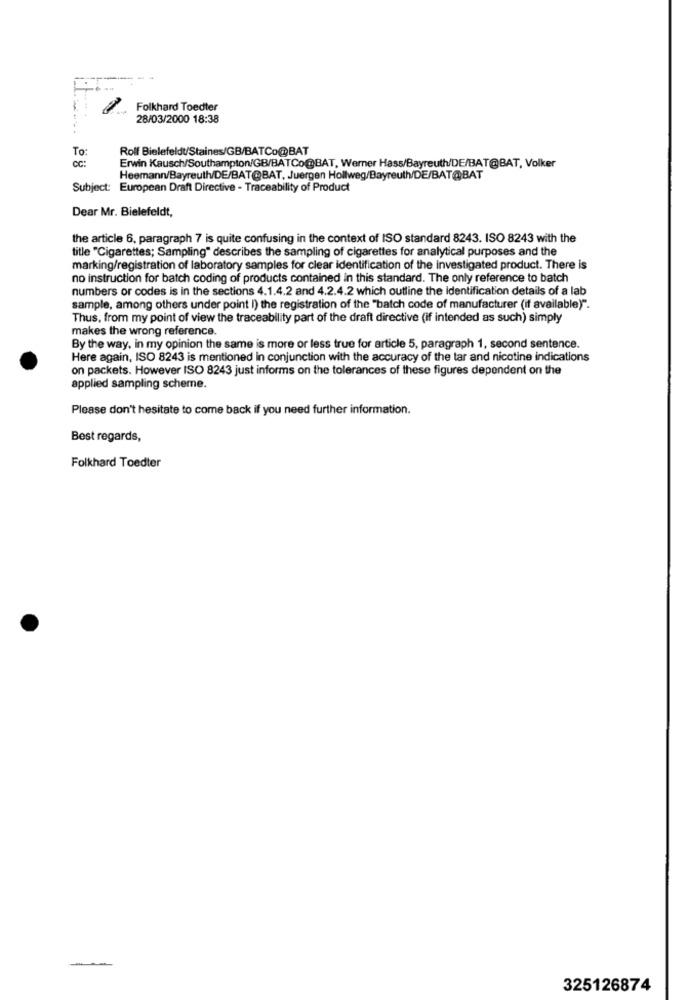
---
Folkhard Toedter
28/03/2000 18:38
Rolf Bielefeldt/Staines/GB/BATCo@BAT
CC :
To:
Erwin Kausch/Southampton/GB/BATCo@BAT, Werner Hass/Bayreuth/DE/BAT@BAT, Volker
Heemann/Bayreuth/DE/BAT@BAT, Juergen Hollweg/Bayreuth/DE/BAT@BAT
Subject: European Draft Directive - Traceability of Product
Dear Mr. Bielefeldt,
the article 6, paragraph 7 is quite confusing in the context of ISO standard 8243. ISO 8243 with the
title "Cigarettes; Sampling" describes the sampling of cigarettes for analytical purposes and the
marking/registration of laboratory samples for clear identification of the investigated product. There is
no instruction for batch coding of products contained in this standard. The only reference to batch
numbers or codes is in the sections 4.1.4.2 and 4.2.4.2 which outline the identification details of a lab
sample, among others under point I) the registration of the "batch code of manufacturer (if available)".
Thus, from my point of view the traceability part of the draft directive (if intended as such) simply
makes the wrong reference.
By the way, in my opinion the same is more or less true for article 5, paragraph 1, second sentence.
Here again, ISO 8243 is mentioned in conjunction with the accuracy of the tar and nicotine indications
on packets. However ISO 8243 just informs on the tolerances of these figures dependent on the
applied sampling scheme.
Please don't hesitate to come back if you need further information.
Best regards,
Folkhard Toedter
325126874